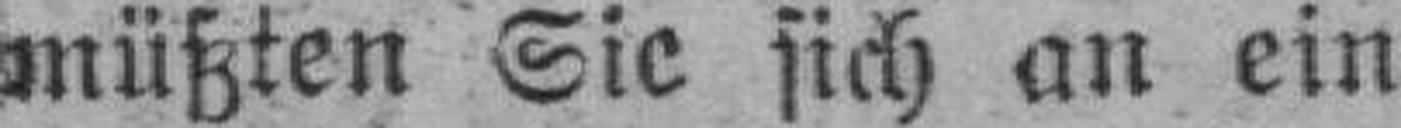
müßten Sie sich an ein